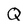
Character: Q